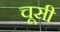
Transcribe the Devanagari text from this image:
चूसी